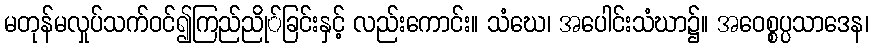
မတုန်မလှုပ်သက်ဝင်၍ကြည်ညို်ခြင်းနှင့် လည်းကောင်း။ သံဃေ၊ အပေါင်းသံဃာ၌။ အဝေစ္စပ္ပသာဒေန၊